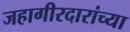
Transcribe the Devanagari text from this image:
जहागीरदारांच्या